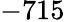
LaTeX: -715